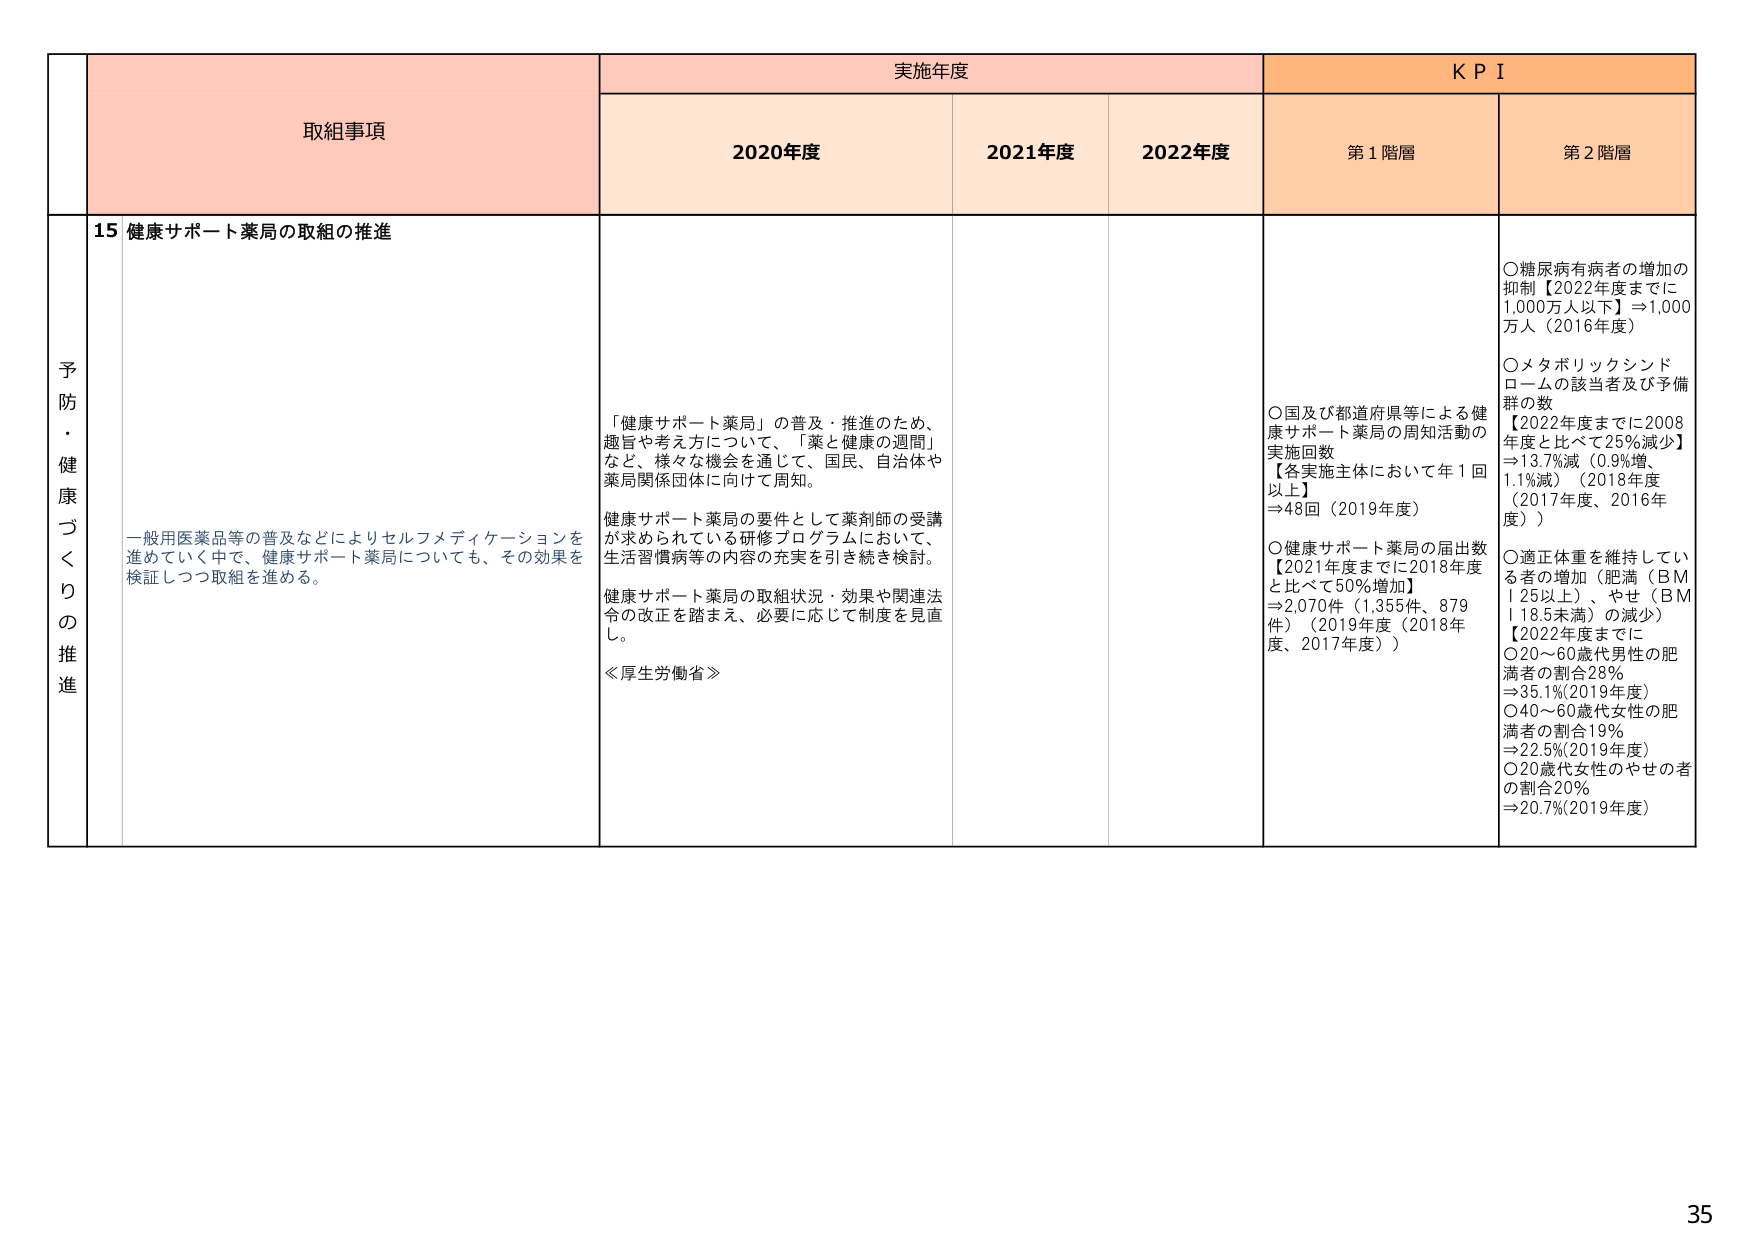
予防・健康づくりの推進
取組事項
実施年度
KPI
2020年度
2021年度
2022年度
第1階層
第2階層

15 健康サポート薬局の取組の推進

「健康サポート薬局」の普及・推進のため、趣旨や考え方について、「薬と健康の週間」など、様々な機会を通じて、国民、自治体や薬局関係団体に向けて周知。

健康サポート薬局の要件として薬剤師の受講が求められている研修プログラムにおいて、生活習慣病等の内容の充実を引き続き検討。

健康サポート薬局の取組状況・効果や関連法令の改正を踏まえ、必要に応じて制度を見直し。

≪厚生労働省≫

○国及び都道府県等による健康サポート薬局の周知活動の実施回数
【各実施主体において年1回以上】
⇒48回（2019年度）

○健康サポート薬局の届出数
【2021年度までに2018年度と比べて50%増加】
⇒2,070件（1,355件、879件）（2019年度（2018年度、2017年度））

○糖尿病有病者の増加の抑制【2022年度までに1,000万人以下】⇒1,000万人（2016年度）

○メタボリックシンドロームの該当者及び予備群の数
【2022年度までに2008年度と比べて25%減少】
⇒13.7%減（0.9%増、1.1%減）（2018年度（2017年度、2016年度））

○適正体重を維持している者の増加（肥満（BMI 25以上）、やせ（BMI 18.5未満）の減少）
【2022年度までに】
○20～60歳代男性の肥満者の割合28%
⇒35.1%（2019年度）
○40～60歳代女性の肥満者の割合19%
⇒22.5%（2019年度）
○20歳代女性のやせの者の割合20%
⇒20.7%（2019年度）

一般用医薬品等の普及などによりセルフメディケーションを進めていく中で、健康サポート薬局についても、その効果を検証しつつ取組を進める。

35